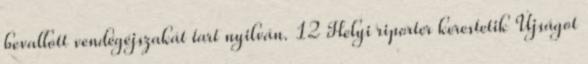
bevallott vendégéjszakát tart nyilván. 12 Helyi riporter kerestetik Újságot